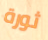
ثورة